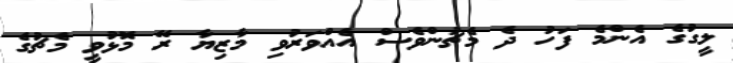
ލީގުގެ އެންމެ ފަހު ދެ މެޗުންވެސް އެއްވަރުވި މާޒިޔާ ރޭ މޮޅުވީ މެޗުގެ